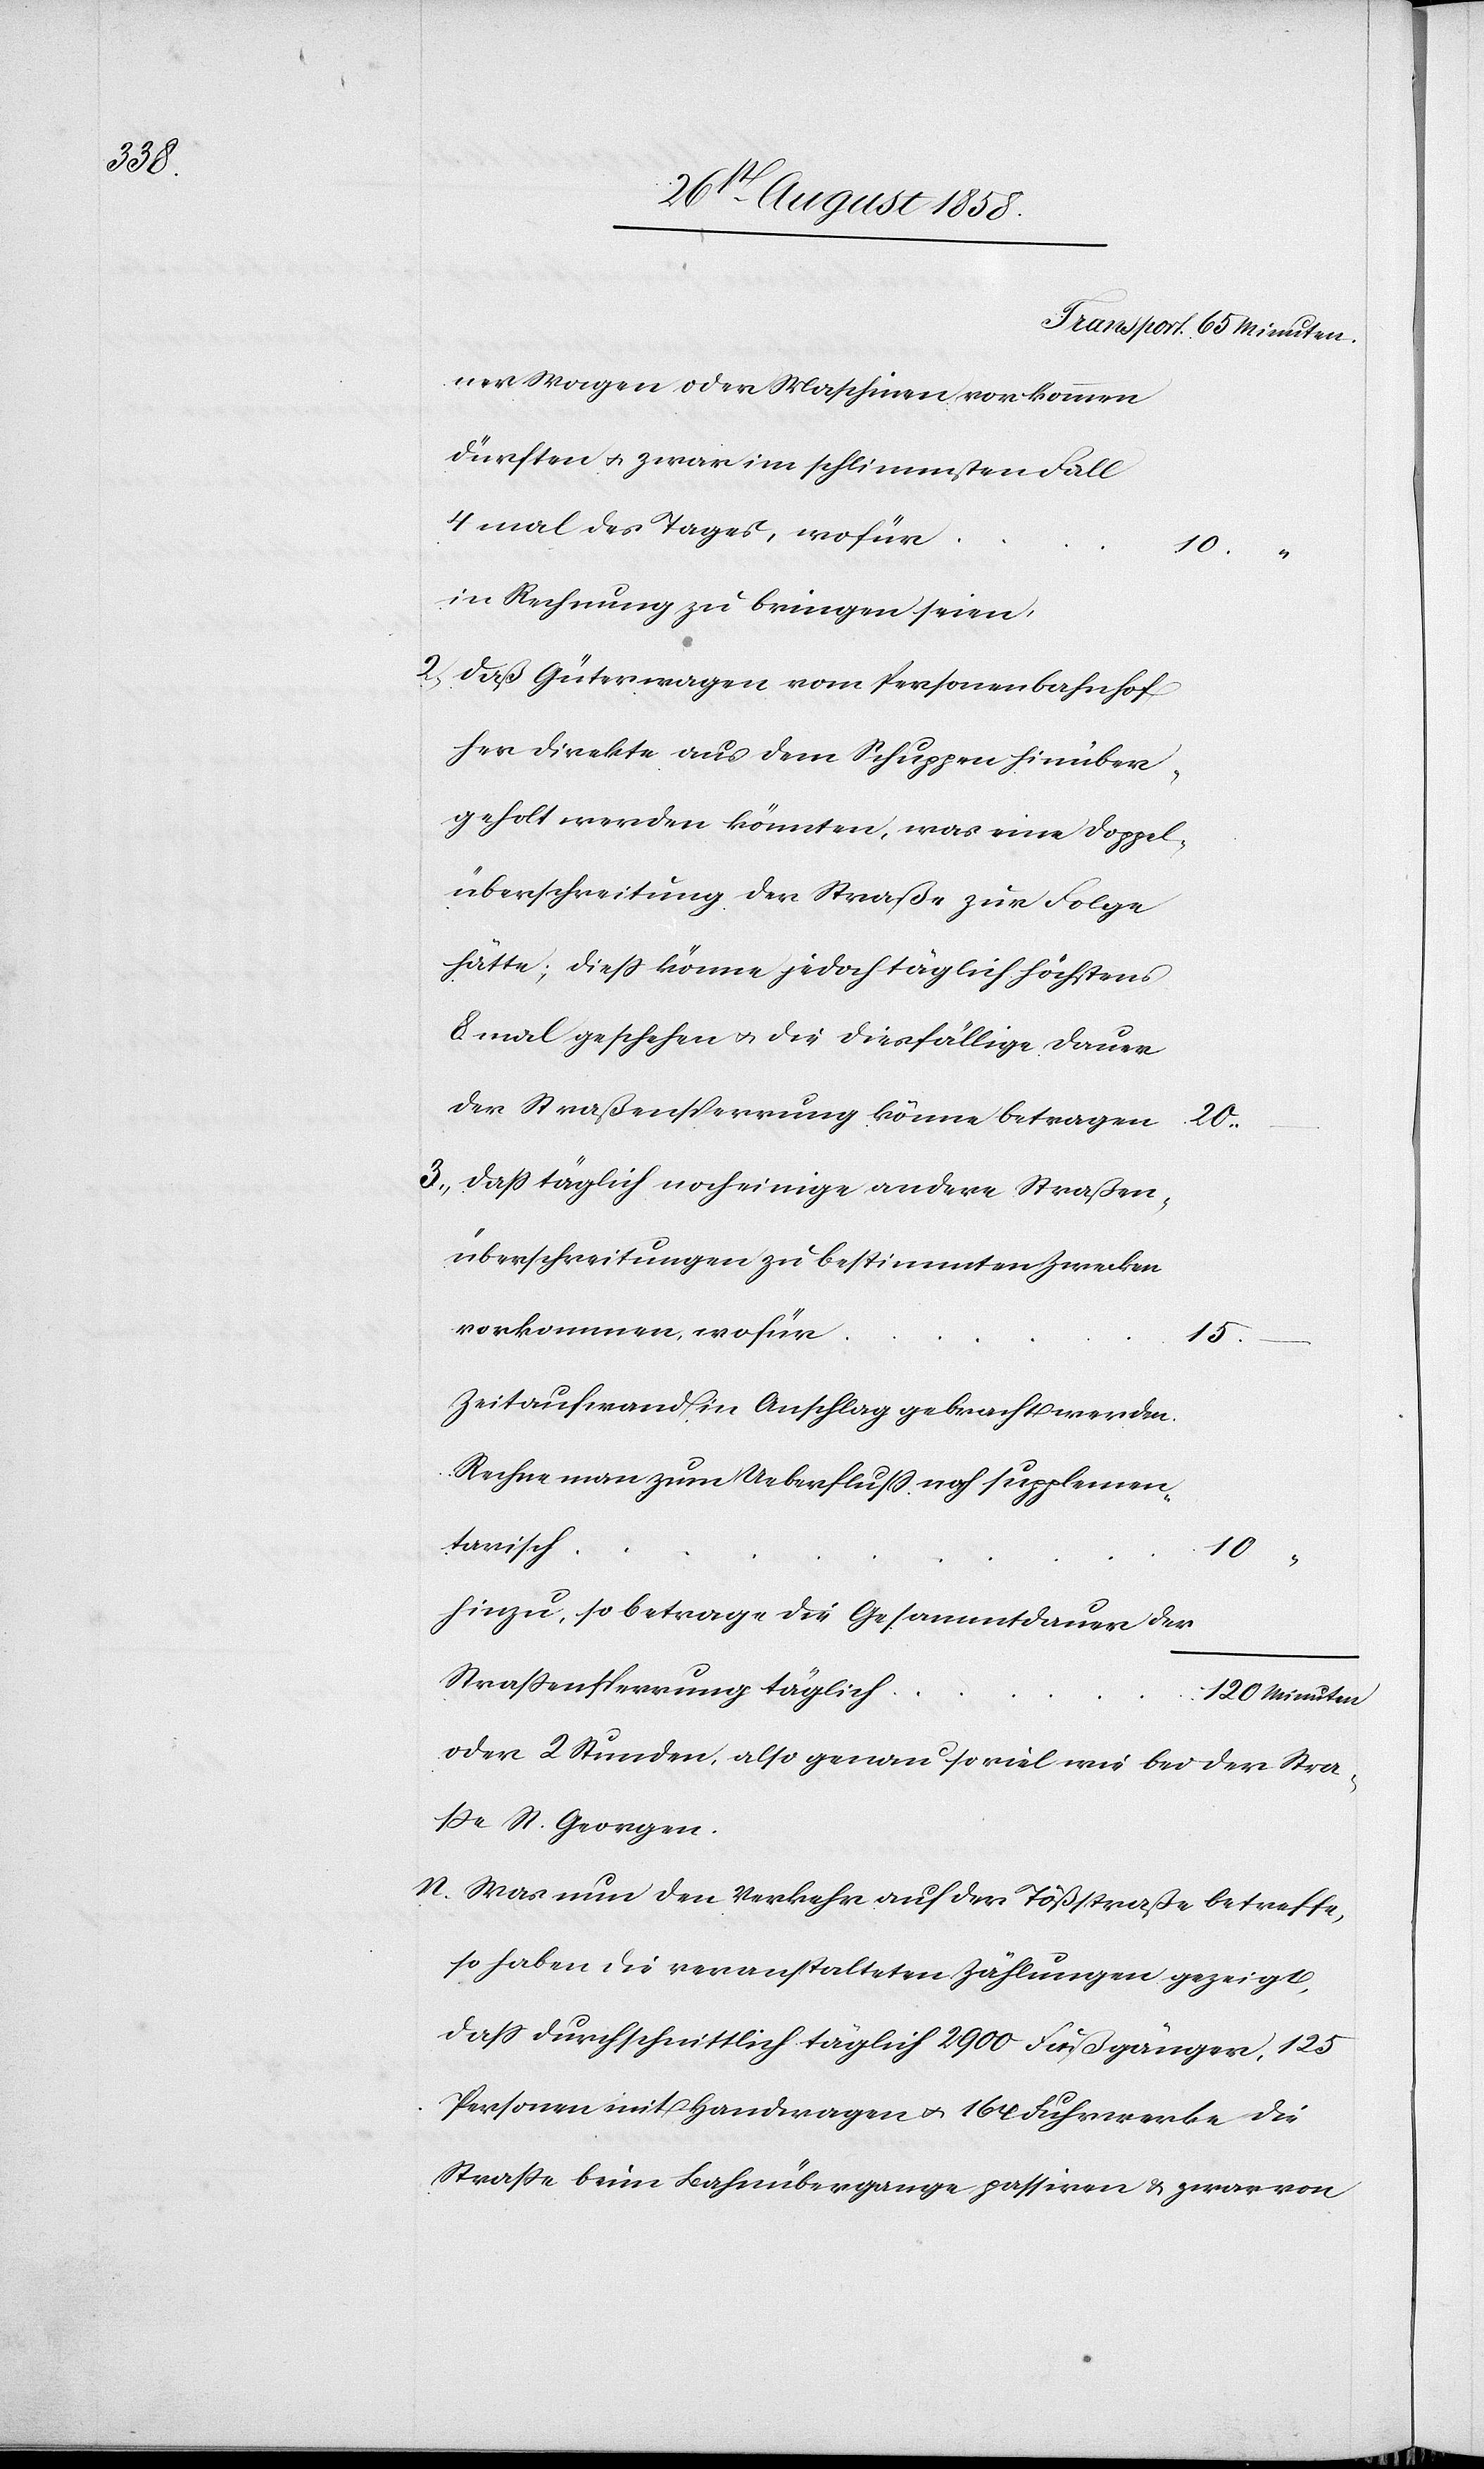
ner Wagen oder Maschinen vorkommen
dürften & zwar im schlimmsten Fall
mal des Tages, wofür
in Rechnung zu bringen seien.
2. daß Güterwagen vom Personenbahnhof
her direkte aus dem Schuppen hinüber¬
geholt werden könnten, was eine Doppel¬
überschreitung der Straße zur Folge
hätte; diess könne jedoch täglich höchstens
8 mal geschehen & die diesfällige Dauer
der Straßensperrung könne betragen
20.
3. dass täglich noch einige andere Straßen¬
überschreitungen zu bestimmten Zwecken
vorkommen, wofür
15.
Zeitaufwand in Anschlag gebracht werden.
Rechne man zum Ueberfluss noch supplemen¬
tarisch
10
hinzu, so betrage die Gesammtdauer der
Strassensperrung täglich
120 Minuten
oder 2 Stunden, also genau soviel wie bei der Stra¬
sse St. Georgen.
n. Was nun den Verkehr auf der Tößstraße betreffe,
so haben die veranstalteten Zählungen gezeigt,
dass durchschnittlich täglich 2900 Fußgänger, 125
Personen mit Handwagen & 164 Fuhrwerke die
Strasse beim Bahnübergange passiren & zwar von